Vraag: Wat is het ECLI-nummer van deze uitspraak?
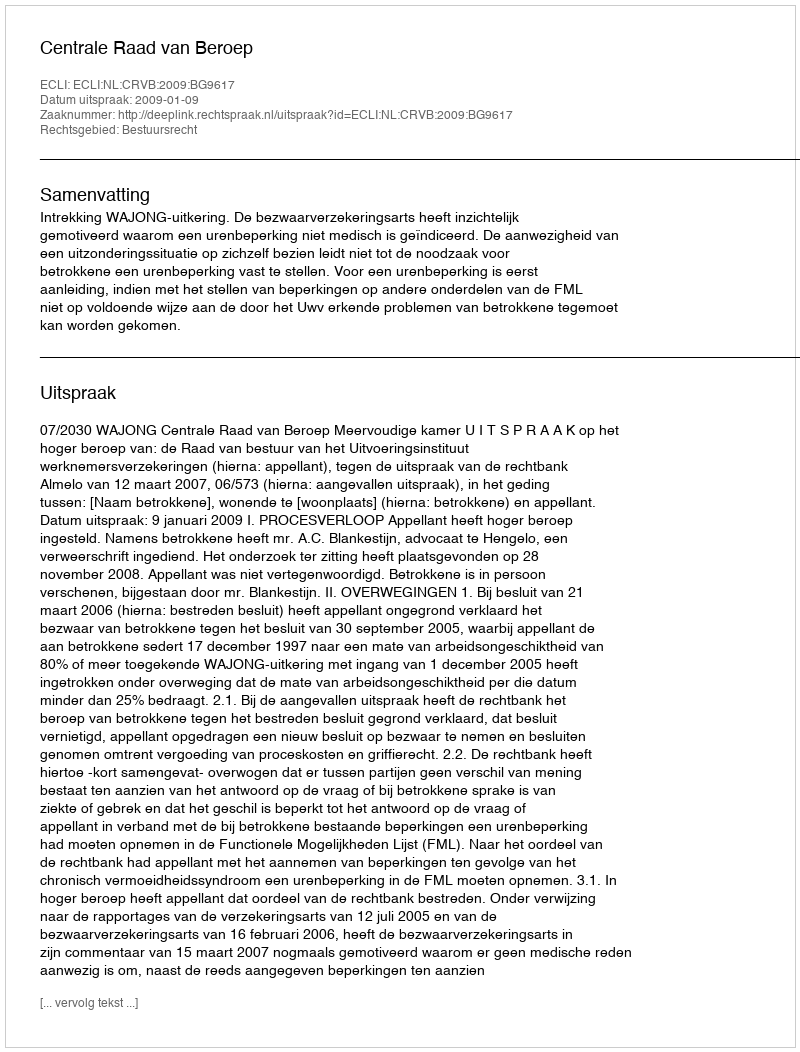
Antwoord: ECLI:NL:CRVB:2009:BG9617